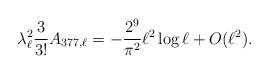
LaTeX: \begin{align*}{ \lambda _{\ell }^{2} \frac {3}{3!} A_{377,\ell}= - \frac{2^9}{ \pi^2} \ell^2 \log \ell +O(\ell^{2}).}\end{align*}